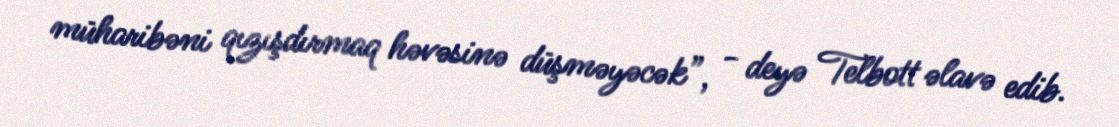
müharibəni qızışdırmaq həvəsinə düşməyəcək”, - deyə Telbott əlavə edib.